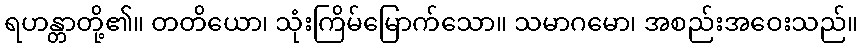
ရဟန္တာတို့၏။ တတိယော၊ သုံးကြိမ်မြောက်သော။ သမာဂမော၊ အစည်းအဝေးသည်။